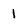
Character: 1